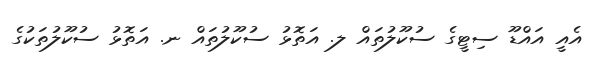
އެއީ އައްޑޫ ސިޓީގެ ސުކޫލުތައް ލ. އަތޮޅު ސުކޫލުތައް ނ. އަތޮޅު ސުކޫލުތަކުގެ